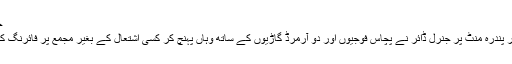
جنرل ڈائر
پانچ بج کر پندرہ منٹ پر جنرل ڈائر نے پچاس فوجیوں اور دو آرمرڈ گاڑیوں کے ساتھ وہاں پہنچ کر کسی اشتعال کے بغیر مجمع پر فائرنگ کا حکم دیا۔